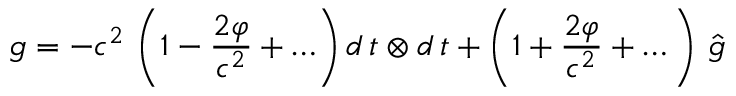
g = - c ^ { 2 } \, \left( 1 - \frac { 2 \varphi } { c ^ { 2 } } + \ldots \right) d \, t \otimes d \, t + \left( 1 + \frac { 2 \varphi } { c ^ { 2 } } + \dots \right) \, \hat { g }